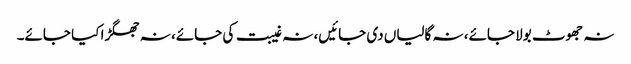
نہ جھوٹ بولا جائے، نہ گالیاں دی جائیں، نہ غیبت کی جائے، نہ جھگڑا کیا جائے۔